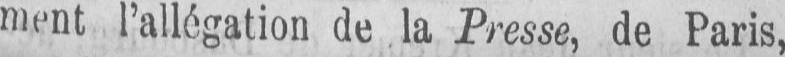
ment l’allégation de la Presse, de Paris,